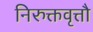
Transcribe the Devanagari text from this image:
निरुक्तवृत्तौ